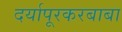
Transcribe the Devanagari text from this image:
दर्यापूरकरबाबा